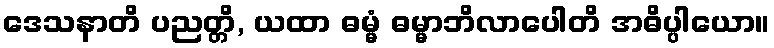
ဒေသနာတိ ပညတ္တိ, ယထာ ဓမ္မံ ဓမ္မာဘိလာပေါတိ အဓိပ္ပါယော။